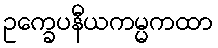
ဥက္ခေပနီယကမ္မကထာ